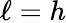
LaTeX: \ell=h